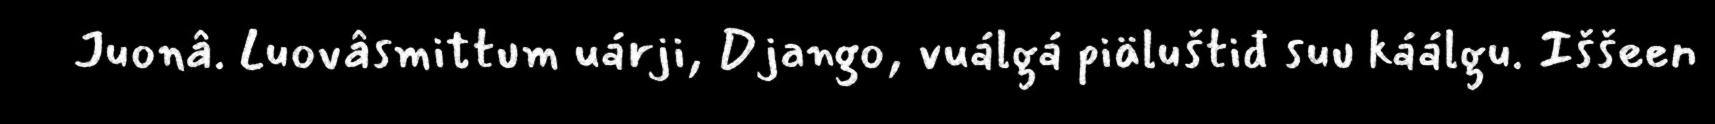
Juonâ. Luovâsmittum uárji, Django, vuálgá piäluštiđ suu káálgu. Iššeen